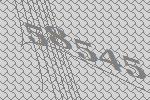
58545